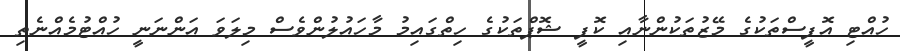
ހުއްޓި އޮފީސްތަކުގެ މޭޒުތަކުންނާއި ކޮފީ ޝޮޕްތަކުގެ ހިތްގައިމު މާހައުލުންވެސް މިލަވަ އަންނަނީ ހުއްޓުމެއްނެތި